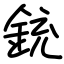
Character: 銃